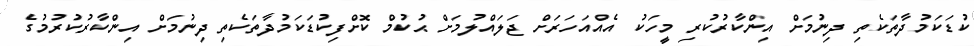
ކުޑަކަމުދާތަކެތި ދިނުމަށް އިންކާރުކުރި މީހަކު އެއްއަހަރަށް ޖަލައްލުމަށް ޙުކުމް ކޮށްފިކުޑަކަމުދާތަކެތި ދިނުމަށް އިންކާރުކުރުމުގެ